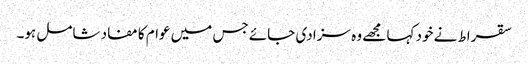
سقراط نے خود کہا مجھے وہ سزا دی جائے جس میں عوام کا مفاد شامل ہو۔